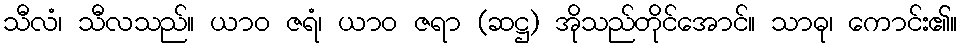
သီလံ၊ သီလသည်။ ယာဝ ဇရံ၊ ယာဝ ဇရာ (ဆဋ္ဌ) အိုသည်တိုင်အောင်။ သာဓု၊ ကောင်း၏။